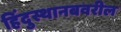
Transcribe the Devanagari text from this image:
हिंदुस्थानबवरील